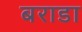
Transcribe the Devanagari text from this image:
बराडा